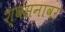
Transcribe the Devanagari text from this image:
श्वसनावर